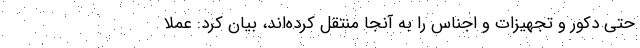
حتی دکور و تجهیزات و اجناس را به آنجا منتقل کرده‌اند، بیان کرد: عملاً